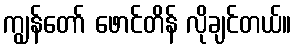
ကျွန်တော် ဖောင်တိန် လိုချင်တယ်။